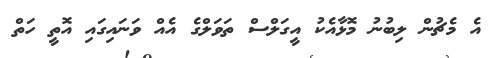
އެ މެޗުން ލިބުނު މޮޅާއެކު އީގަލްސް ތަވަލްގެ އެއް ވަނައިގައި އޮތީ ހަތް